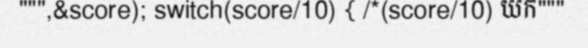
""",&score); switch(score/10) { /*(score/10) យក"""